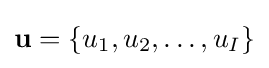
\mathbf {u} =\{u_{1},u_{2},\ldots ,u_{I}\}